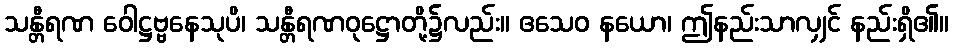
သန္တီရဏ ဝေါဋ္ဌဗ္ဗနေသုပိ၊ သန္တီရဏဝုဋ္ဌောတို့၌လည်း။ ဧသေဝ နယော၊ ဤနည်းသာလျှင် နည်းရှိ၏။